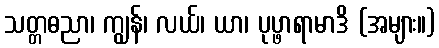
သတ္တဓညာ၊ ကျွန်၊ လယ်၊ ယာ၊ ပုပ္ဖာရာမာဒိ (အများ။)